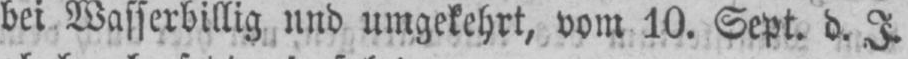
bei Wasserbillig nnd umgekehrt, vom 10. Sept. d. J.